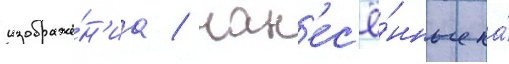
изображе́н'иа / нан'ес'ё́нные на́